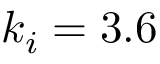
k _ { i } = 3 . 6